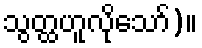
သွတ္ထဟူလိုသော်)။